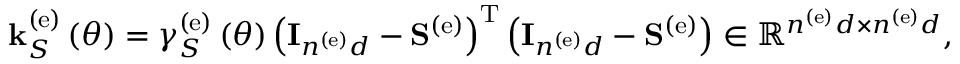
\begin{array} { r } { { \bf k } _ { S } ^ { \left( \mathrm { e } \right) } \left( \theta \right) = \gamma _ { S } ^ { \left( \mathrm { e } \right) } \left( \theta \right) \left( { \bf I } _ { n ^ { \left( \mathrm { e } \right) } d } - { \bf S } ^ { \left( \mathrm { e } \right) } \right) ^ { \mathrm { T } } \left( { \bf I } _ { n ^ { \left( \mathrm { e } \right) } d } - { \bf S } ^ { \left( \mathrm { e } \right) } \right) \in \mathbb { R } ^ { n ^ { \left( \mathrm { e } \right) } d \times n ^ { \left( \mathrm { e } \right) } d } , } \end{array}